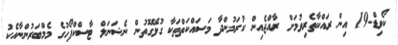
ކޯވިޑް-19 އިން ރައްކާތެރިވުމަށް ރާއްޖެއިން ކުރަމުންދާ މަސައްކަތްތަކާ ގުޅޭގޮތުން ނެޝަނަލް ޓާސްކްފޯހުގެ މެމްބަރުންނާއެކުު